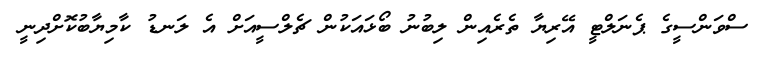
ސްވަންސީގެ ޕެނަލްޓީ އޭރިޔާ ތެރެއިން ލިބުނު ބޯޅައަކުން ޗެލްސީއަށް އެ ލަނޑު ކާމިޔާބުކޮށްދިނީ